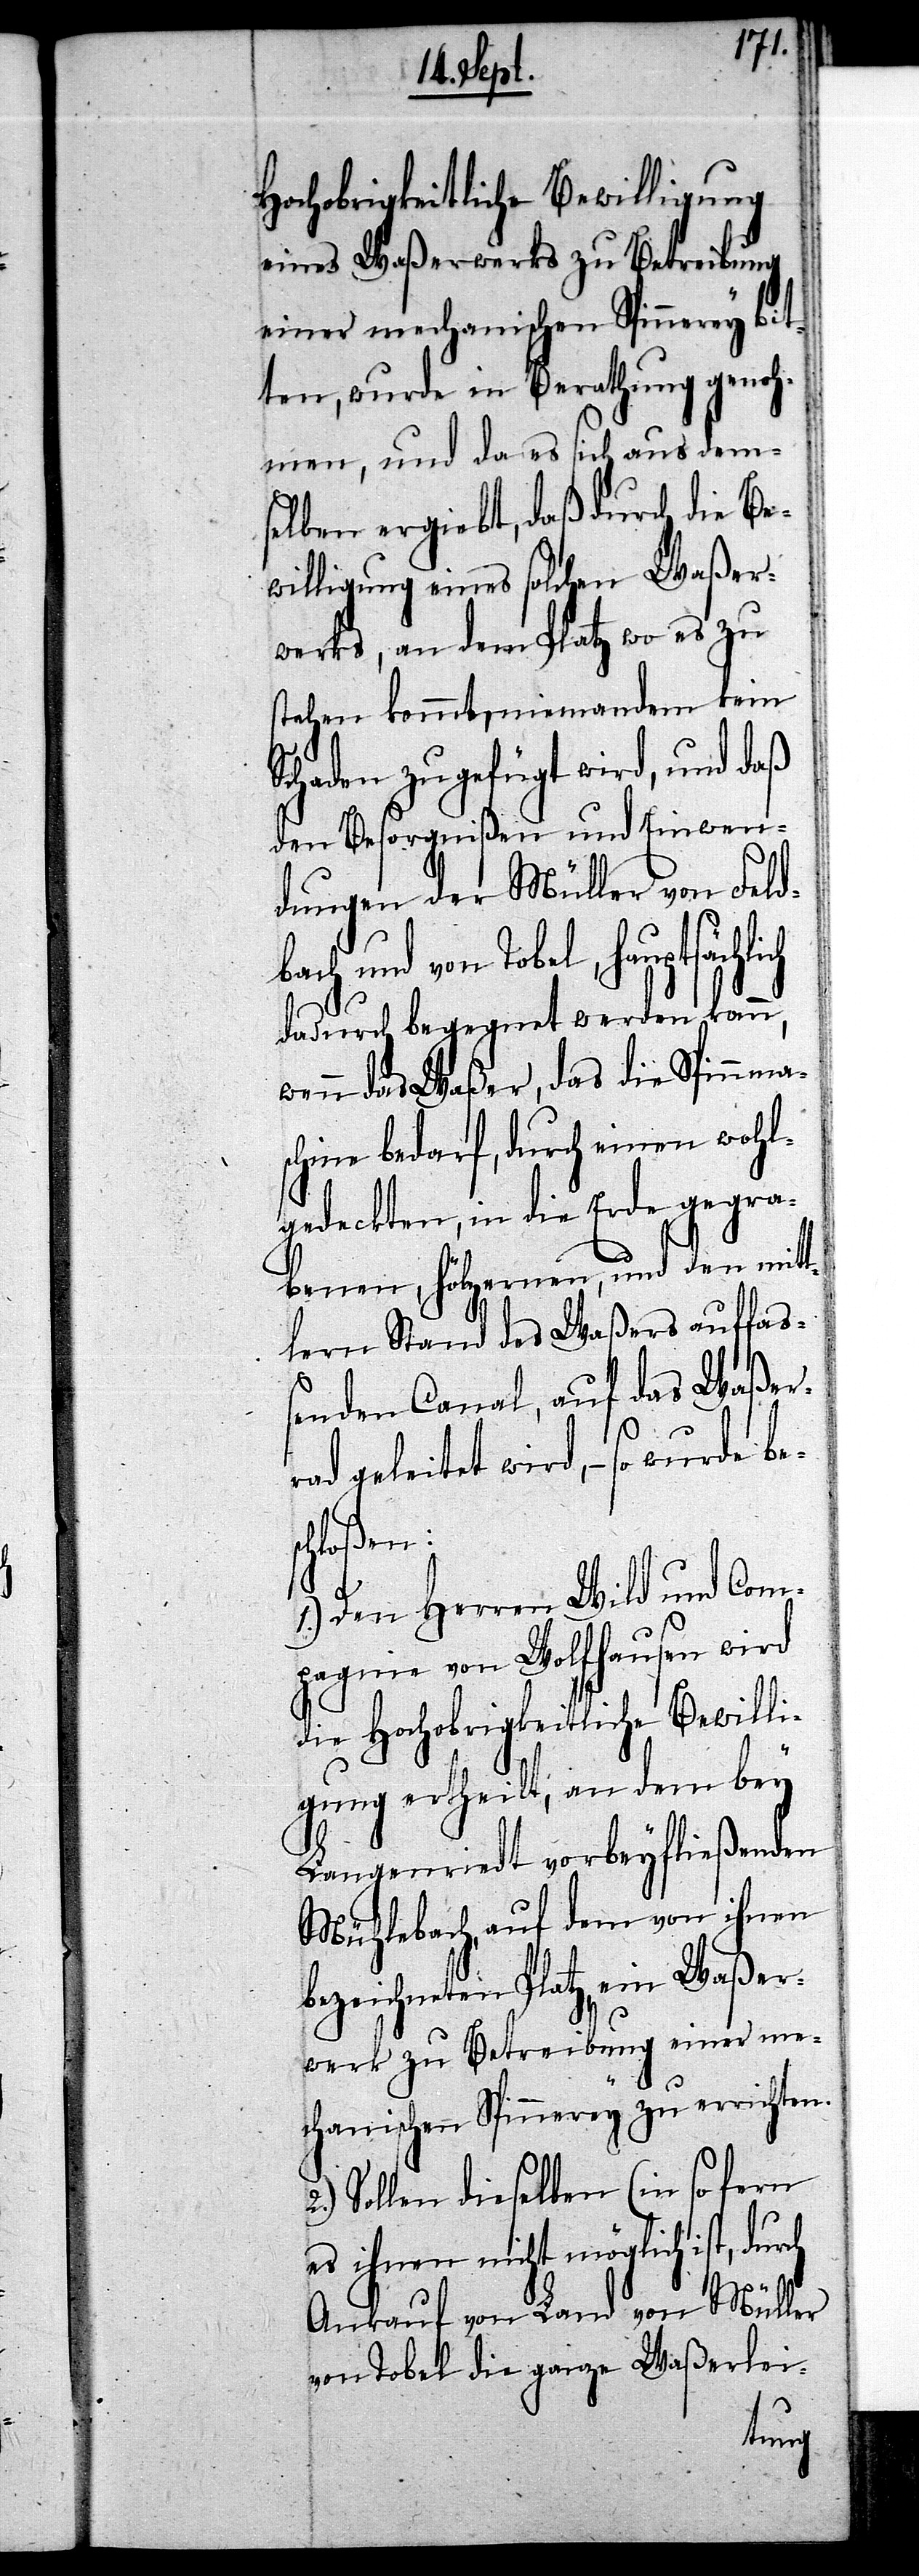
bes¬
Hochobrigkeitliche Bewilligung
eines Waßerwerks zu Betreibung
einer mechanischen Spinnerey bit¬
ten, wurde in Berathung genoh¬
men, und da es sich aus dem¬
selben ergiebt, daß durch die Be¬
willigung eines solchen Waßer¬
werks, an dem Platz wo es zu
stehen kommt, niemandem kein
Schaden zugefügt wird, und daß
den Besorgnißen und Einwen¬
dungen der Müller von Feldb¬
ach und von Tobel, hauptsäch¬
dadurch begegnet werden kann,
wenn das Waßer, das die Spinnma¬
schine bedarf, durch einen wohl¬
gedeckten, in die Erde gegra¬
benen, hölzernen, und den mitt¬
lern Stand des Waßers auffaß¬
enden Canal, auf das Waßer¬
rad geleitet wird, – so wurde
chloßen:
1.) Den Herren Wild und Com¬
pagnie von Wolfhausen wird
die Hochobrigkeitliche Bewilli¬
gung ertheilt, an dem bey
Langenriedt vorbeyfließenden
Mühlebach, auf dem von ihnen
bezeichneten Platz, ein Waßer¬
werk zu Betreibung einer me¬
chanischen Spinnerey zu errichten.
2.) Sollen dieselben (in so fern
es ihnen nicht möglich ist,
Ankauf von Land von Müller
von Tobel die ganze Waßerlei-
lich